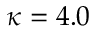
\kappa = 4 . 0